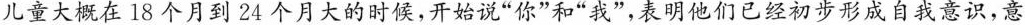
儿童大概在18个月到24个月大的时候，开始说”你”和”我”，表明他们已经初步形成自我意识，意